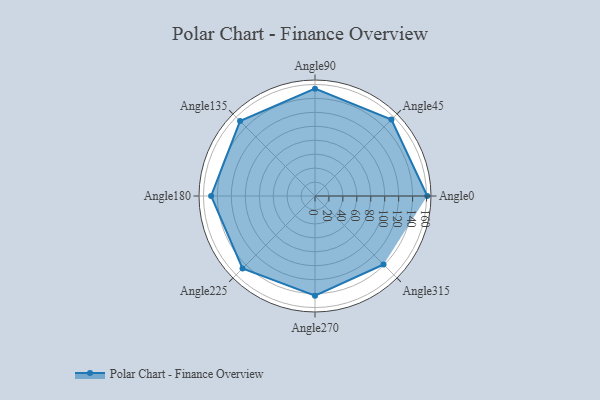
{"axis": {"x": "Angle", "y": "Radius"}, "legend": [""], "data": [{"x": "Angle0", "y": 161.0, "type": ""}, {"x": "Angle45", "y": 155.0, "type": ""}, {"x": "Angle90", "y": 154.0, "type": ""}, {"x": "Angle135", "y": 152.0, "type": ""}, {"x": "Angle180", "y": 149.0, "type": ""}, {"x": "Angle225", "y": 147.0, "type": ""}, {"x": "Angle270", "y": 143.0, "type": ""}, {"x": "Angle315", "y": 139.0, "type": ""}]}